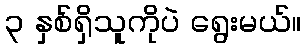
၃ နှစ်ရှိသူကိုပဲ ရွေးမယ်။